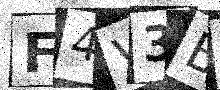
Text: F4V3BC